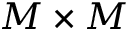
M \times M